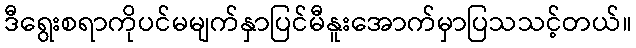
ဒီရွေးစရာကိုပင်မမျက်နှာပြင်မီနူးအောက်မှာပြသသင့်တယ်။